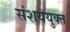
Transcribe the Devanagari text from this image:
संशययुक्त